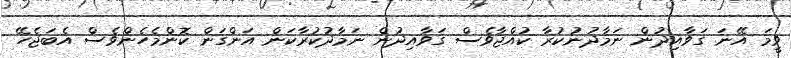
ވީމަ އޭނަ ގަވާއިދުން ނަމާދުނުކުރާ ކުއްޖާވެސް ގަވާއިދުން ނަމާދުކުރާކަން އަންގަން ކޮންމެހެންވެސް އެބަޖެހޭ